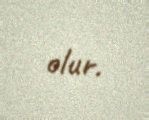
olur.